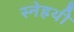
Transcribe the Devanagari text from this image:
स्नेहथी